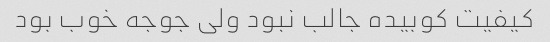
کیفیت کوبیده جالب نبود ولی جوجه خوب بود